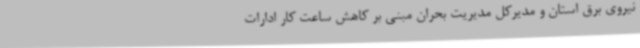
نیروی برق استان و مدیرکل مدیریت بحران مبنی بر کاهش ساعت کار ادارات